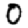
Digit: 0